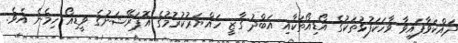
ދައްކަވާފައިވާ ވާހަކަފުޅުތަކުގެ އޯޑިއޯތަކާއި އަބްދު ގާޒީ ހައްޔަރުކުރުމުގެ އޮޕަރޭޝަނުގެ ވީޑިއޯ ހިމެނެ އެވެ.